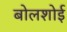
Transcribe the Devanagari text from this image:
बोलशोई